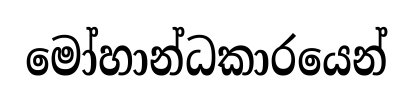
මෝහාන්ධකාරයෙන්